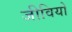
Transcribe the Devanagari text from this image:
जीवियो